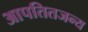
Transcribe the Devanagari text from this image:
आपतितजन्य